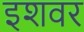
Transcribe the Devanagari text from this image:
इशवर